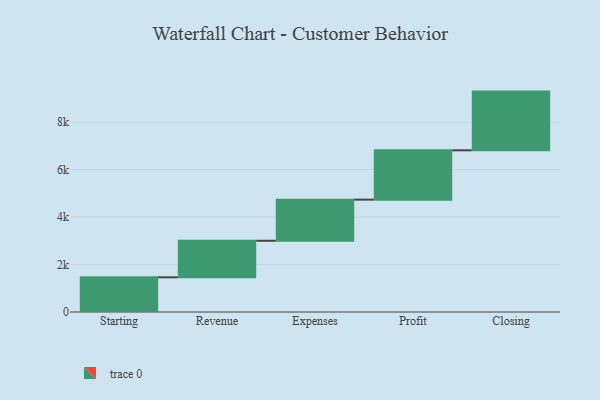
{"axis": {"x": "Step", "y": "Value"}, "legend": [""], "data": [{"x": "Starting", "y": 1462.0, "type": ""}, {"x": "Revenue", "y": 1541.0, "type": ""}, {"x": "Expenses", "y": 1734.0, "type": ""}, {"x": "Profit", "y": 2079.0, "type": ""}, {"x": "Closing", "y": 2475.0, "type": ""}]}